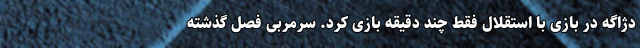
دژاگه در بازی با استقلال فقط چند دقیقه بازی کرد. سرمربی فصل گذشته